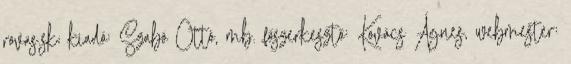
rovas.sk; kiadó: Szabó Ottó, mb. főszerkesztő: Kovács Ágnes, webmester: